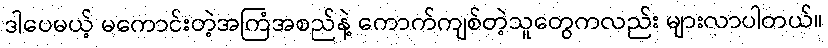
ဒါပေမယ့် မကောင်းတဲ့အကြံအစည်နဲ့ ကောက်ကျစ်တဲ့သူတွေကလည်း များလာပါတယ်။